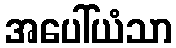
အပေါ်ယံသာ